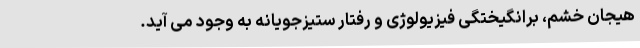
هیجان خشم، برانگیختگی فیزیولوژی و رفتار ستیزجویانه به وجود می آید.